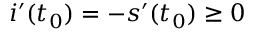
i ^ { \prime } ( t _ { 0 } ) = - s ^ { \prime } ( t _ { 0 } ) \geq 0